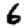
Digit: 6